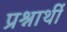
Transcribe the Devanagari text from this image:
प्रश्नार्थी